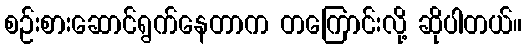
စဉ်းစားဆောင်ရွက်နေတာက တကြောင်းလို့ ဆိုပါတယ်။